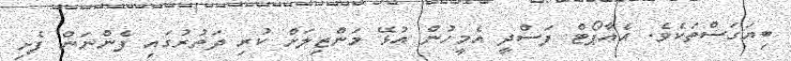
ބިޔަގަސްތަކެވެ. އެއާޕޯޓް ފަސްދީ އެމީހުން އުޅޭ މަންޒިލަށް ކުރި ދަތުރުގައި ފެންނަން ފެށި